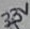
Text: 3.3V